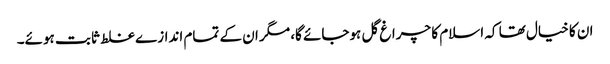
ان کا خیال تھا کہ اسلام کا چراغ گل ہوجائے گا، مگر ان کے تمام اندازے غلط ثابت ہوئے۔